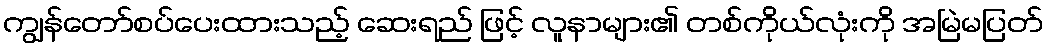
ကျွန်တော်စပ်ပေးထားသည့် ဆေးရည် ဖြင့် လူနာများ၏ တစ်ကိုယ်လုံးကို အမြဲမပြတ်